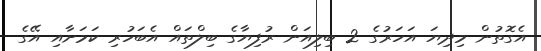
އެގޮތުން މިދިޔަ އަހަރުގެ 2 ބިލިއަން ރުފިޔާގެ ބިލްތައް އެބަހުރި ކަމަށާއި އޭގެ